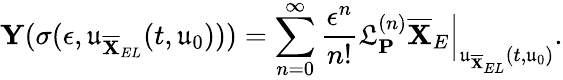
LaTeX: \mathbf{Y}(\mathbf{\sigma}(\epsilon,\mathfrak{u}_{\overline{{\mathbf{X}}}_{EL}}(t,\mathfrak{u}_{0})))=\sum_{n=0}^{\infty}\frac{\epsilon^{n}}{n!}\mathfrak{L}_{\mathbf{P}}^{(n)}\overline{{\mathbf{X}}}_{E}\Big\vert_{\mathfrak{u}_{\overline{{\mathbf{X}}}_{EL}}(t,\mathfrak{u}_{0})}.